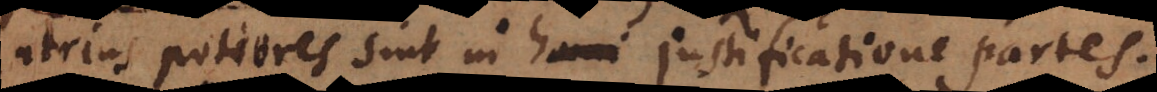
utrius potiores sint in homi justificatione partes.